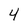
Character: 4